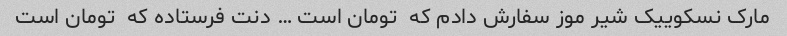
مارک نسکوییک شیر موز سفارش دادم که  تومان است … دنت فرستاده که  تومان است